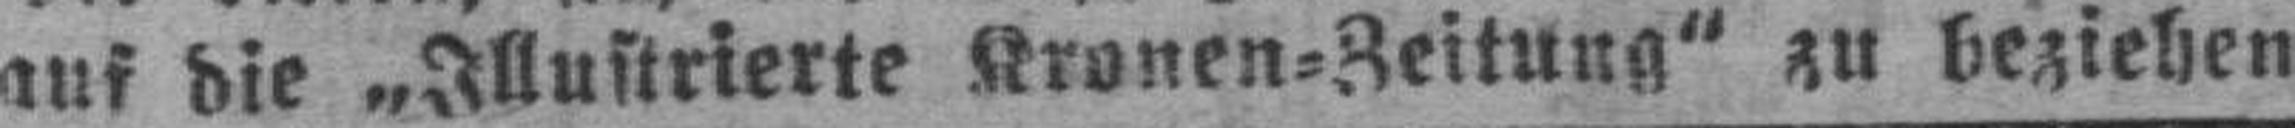
auf die „Illustrierte Kronen=Zeitung“ zu beziehen